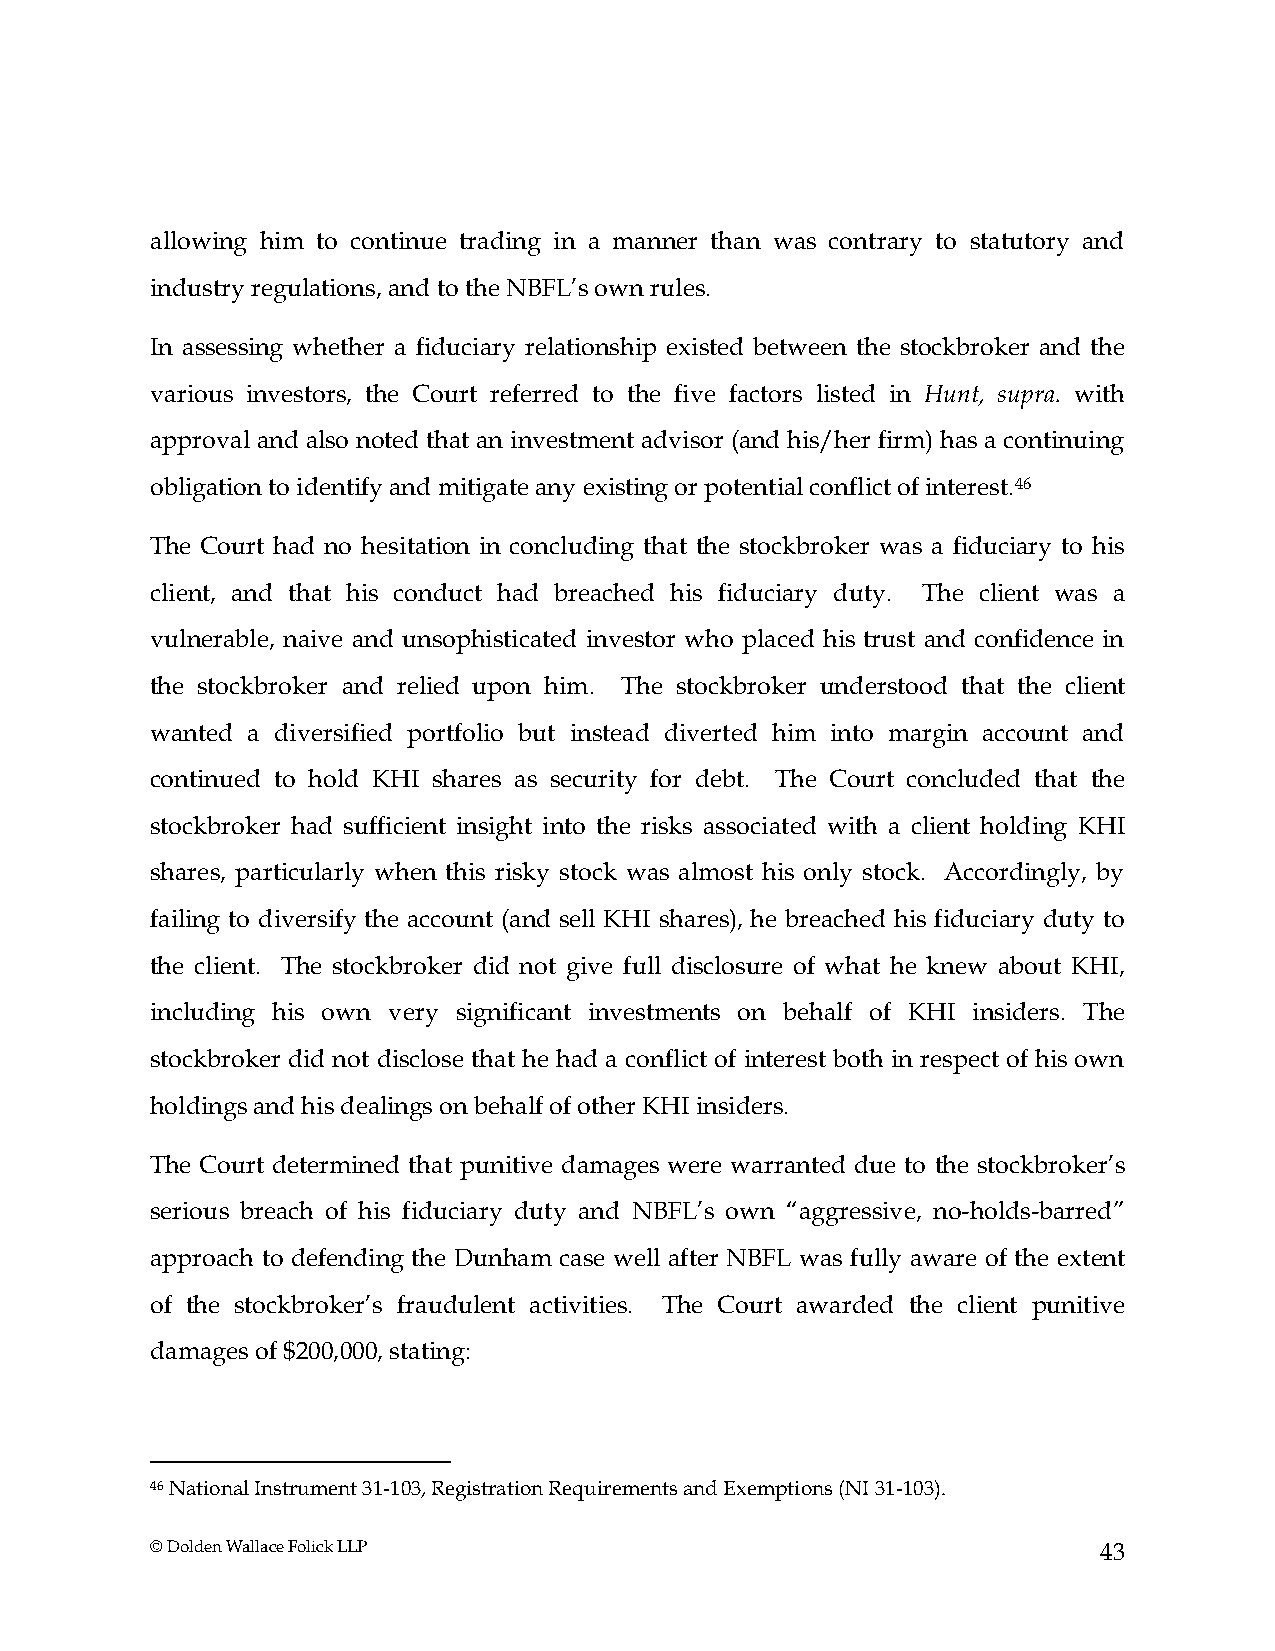
allowing him to continue trading in a manner than was contrary to statutory and
 industry regulations, and to the NBFL’s own rules.
 In assessing whether a fiduciary relationship existed between the stockbroker and the
 various investors, the Court referred to the five factors listed in Hunt, supra. with
 approval and also noted that an investment advisor (and his/her firm) has a continuing
 obligation to identify and mitigate any existing or potential conflict of interest.46
 The Court had no hesitation in concluding that the stockbroker was a fiduciary to his
 client, and that his conduct had breached his fiduciary duty. The client was a
 vulnerable, naive and unsophisticated investor who placed his trust and confidence in
 the stockbroker and relied upon him. The stockbroker understood that the client
 wanted a diversified portfolio but instead diverted him into margin account and
 continued to hold KHI shares as security for debt. The Court concluded that the
 stockbroker had sufficient insight into the risks associated with a client holding KHI
 shares, particularly when this risky stock was almost his only stock. Accordingly, by
 failing to diversify the account (and sell KHI shares), he breached his fiduciary duty to
 the client. The stockbroker did not give full disclosure of what he knew about KHI,
 including his own very significant investments on behalf of KHI insiders. The
 stockbroker did not disclose that he had a conflict of interest both in respect of his own
 holdings and his dealings on behalf of other KHI insiders.
 The Court determined that punitive damages were warranted due to the stockbroker’s
 serious breach of his fiduciary duty and NBFL’s own “aggressive, no-holds-barred”
 approach to defending the Dunham case well after NBFL was fully aware of the extent
 of the stockbroker’s fraudulent activities. The Court awarded the client punitive
 damages of $200,000, stating:
 46 National Instrument 31-103, Registration Requirements and Exemptions (NI 31-103).
 © Dolden Wallace Folick LLP                                    43